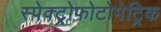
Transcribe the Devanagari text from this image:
स्पेक्ट्रोफोटोमेट्रिक